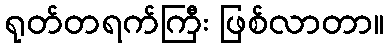
ရုတ်တရက်ကြီး ဖြစ်လာတာ။